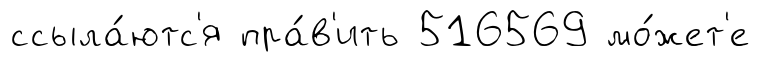
ссыла́ютс'я пра́в'ить 516569 мо́жет'е